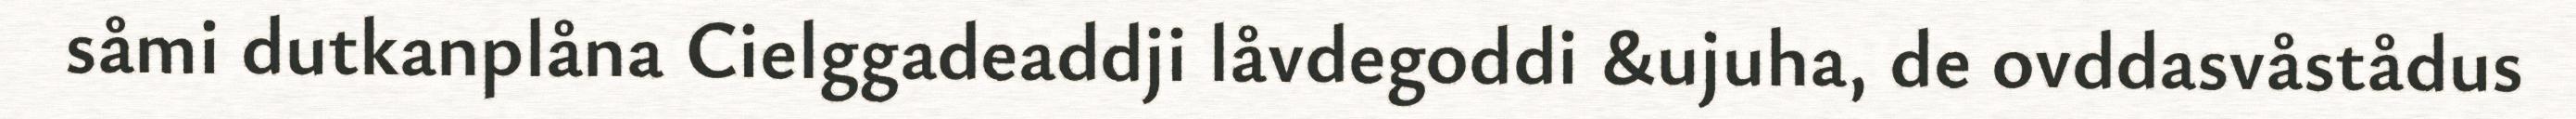
såmi dutkanplåna Cielggadeaddji låvdegoddi &ujuha, de ovddasvåstådus